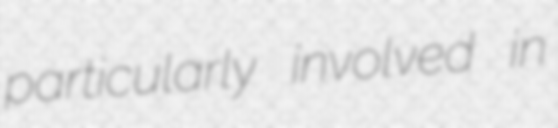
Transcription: particularly involved in